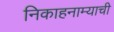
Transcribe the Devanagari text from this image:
निकाहनाम्याची